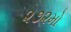
૨૭૨મો